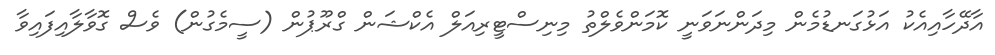
އާދޭހާއިއެކު އަޅުގަނޑުމެން މިދަންނަވަނީ ކޮމަންވެލްތު މިނިސްޓީރިއަލް އެކްޝަން ގްރޫޕުން (ސީމެގުން) ވެސް ގޮވާލާއިފައިވާ